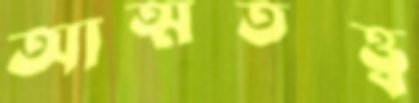
আত্মতত্ত্ব